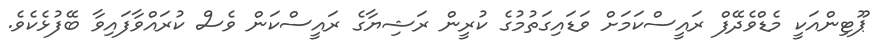
ޕޫޓިންއަކީ މެޑްވެދޭފް ރައީސްކަމަށް ވަޑައިގަތުމުގެ ކުރީން ރަޝިޔާގެ ރައީސްކަން ވެސް ކުރައްވާފައިވާ ބޭފުޅެކެވެ.